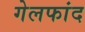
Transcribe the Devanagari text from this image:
गेलफांद